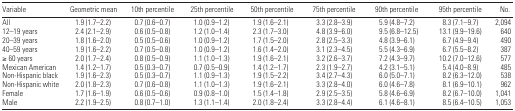
<table><thead><tr><td><b>Variable</b></td><td><b>Geometric mean</b></td><td><b>10th percentile</b></td><td><b>25th percentile</b></td><td><b>50th percentile</b></td><td><b>75th percentile</b></td><td><b>90th percentile</b></td><td><b>95th percentile</b></td><td><b>No.</b></td></tr></thead><tbody><tr><td>All</td><td>1.9 (1.7–2.2)</td><td>0.7 (0.6–0.7)</td><td>1.0 (0.9–1.2)</td><td>1.9 (1.6–2.1)</td><td>3.3 (2.8–3.9)</td><td>5.9 (4.8–7.2)</td><td>8.3 (7.1–9.7)</td><td>2,094</td></tr><tr><td>12–19 years</td><td>2.4 (2.1–2.9)</td><td>0.6 (0.5–0.8)</td><td>1.2 (1.0–1.4)</td><td>2.3 (1.7–3.0)</td><td>4.8 (3.9–6.0)</td><td>9.5 (6.8–12.5)</td><td>13.1 (9.9–19.6)</td><td>640</td></tr><tr><td>20–39 years</td><td>1.8 (1.6–2.0)</td><td>0.5 (0.5–0.6)</td><td>1.0 (0.9–1.2)</td><td>1.7 (1.5–2.0)</td><td>2.8 (2.5–3.3)</td><td>4.8 (3.9–6.1)</td><td>6.7 (4.9–9.4)</td><td>490</td></tr><tr><td>40–59 years</td><td>1.9 (1.6–2.2)</td><td>0.7 (0.5–0.8)</td><td>1.0 (0.9–1.2)</td><td>1.6 (1.4–2.0)</td><td>3.1 (2.3–4.5)</td><td>5.5 (4.3–6.9)</td><td>6.7 (5.5–8.2)</td><td>387</td></tr><tr><td>≥ 60 years</td><td>2.0 (1.7–2.4)</td><td>0.8 (0.5–0.9)</td><td>1.1 (1.0–1.3)</td><td>1.9 (1.6–2.1)</td><td>3.2 (2.6–3.7)</td><td>7.2 (4.3–9.7)</td><td>10.2 (7.0–12.6)</td><td>577</td></tr><tr><td>Mexican American</td><td>1.4 (1.2–1.7)</td><td>0.5 (0.3–0.7)</td><td>0.7 (0.5–0.9)</td><td>1.4 (1.2–1.7)</td><td>2.3 (1.9–2.7)</td><td>4.2 (3.1–5.1)</td><td>5.4 (4.0–8.9)</td><td>485</td></tr><tr><td>Non-Hispanic black</td><td>1.9 (1.6–2.3)</td><td>0.5 (0.3–0.7)</td><td>1.1 (0.9–1.3)</td><td>1.9 (1.5–2.2)</td><td>3.4 (2.7–4.3)</td><td>6.0 (5.0–7.1)</td><td>8.2 (6.3–12.0)</td><td>538</td></tr><tr><td>Non-Hispanic white</td><td>2.0 (1.8–2.3)</td><td>0.7 (0.6–0.8)</td><td>1.1 (1.0–1.3)</td><td>1.9 (1.6–2.1)</td><td>3.3 (2.8–4.0)</td><td>6.0 (4.6–7.8)</td><td>8.1 (6.9–10.1)</td><td>962</td></tr><tr><td>Female</td><td>1.7 (1.6–1.9)</td><td>0.6 (0.5–0.6)</td><td>0.9 (0.8–1.0)</td><td>1.5 (1.4–1.8)</td><td>2.9 (2.5–3.5)</td><td>5.8 (4.6–6.9)</td><td>8.2 (6.7–10.0)</td><td>1,041</td></tr><tr><td>Male</td><td>2.2 (1.9–2.5)</td><td>0.8 (0.7–1.0)</td><td>1.3 (1.1–1.4)</td><td>2.0 (1.8–2.4)</td><td>3.3 (2.8–4.4)</td><td>6.1 (4.6–8.1)</td><td>8.5 (6.4–10.5)</td><td>1,053</td></tr></tbody></table>